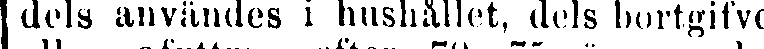
dels användes i hushållet, dels bortgifve